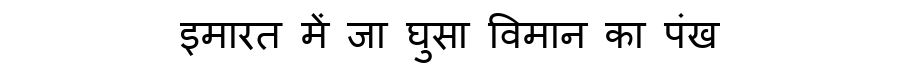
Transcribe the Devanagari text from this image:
इमारत में जा घुसा विमान का पंख